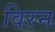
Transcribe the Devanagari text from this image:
विरन